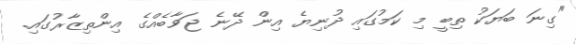
"ގިނަ ބަޔަކު ތިބީ މި ކަމުގައި ދުނިޔެ އިން ދޭނެ ޖަވާބެއްގެ އިންތިޒާރުގައި.